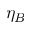
\eta _ { B }